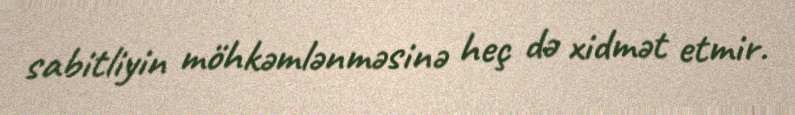
sabitliyin möhkəmlənməsinə heç də xidmət etmir.